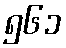
၅၆၁